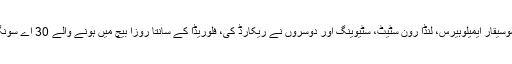
مخصوص امریکی موسیقی امریکانا(لوک موسیقی) کے فن کار جن کی موسیقی گلوکار اور موسیقار ایمیلوہیرس، لِنڈا رون سٹیٹ، سٹیوینگ اور دوسروں نے ریکارڈ کی، فلوریڈا کے سانتا روزا بیچ میں ہونے والے 30 اے سونگ رائٹرز فیسٹیول کے دوران پرفارم کرتے ہوئے بظاہر دل کا دورہ پڑنے سے ہلاک ہوئے۔